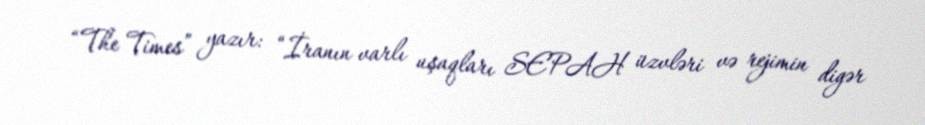
“The Times” yazır: “İranın varlı uşaqları SEPAH üzvləri və rejimin digər